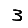
Digit: 3